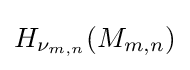
H_{\nu _{m,n}}(M_{m,n})